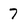
Character: 7